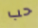
حب